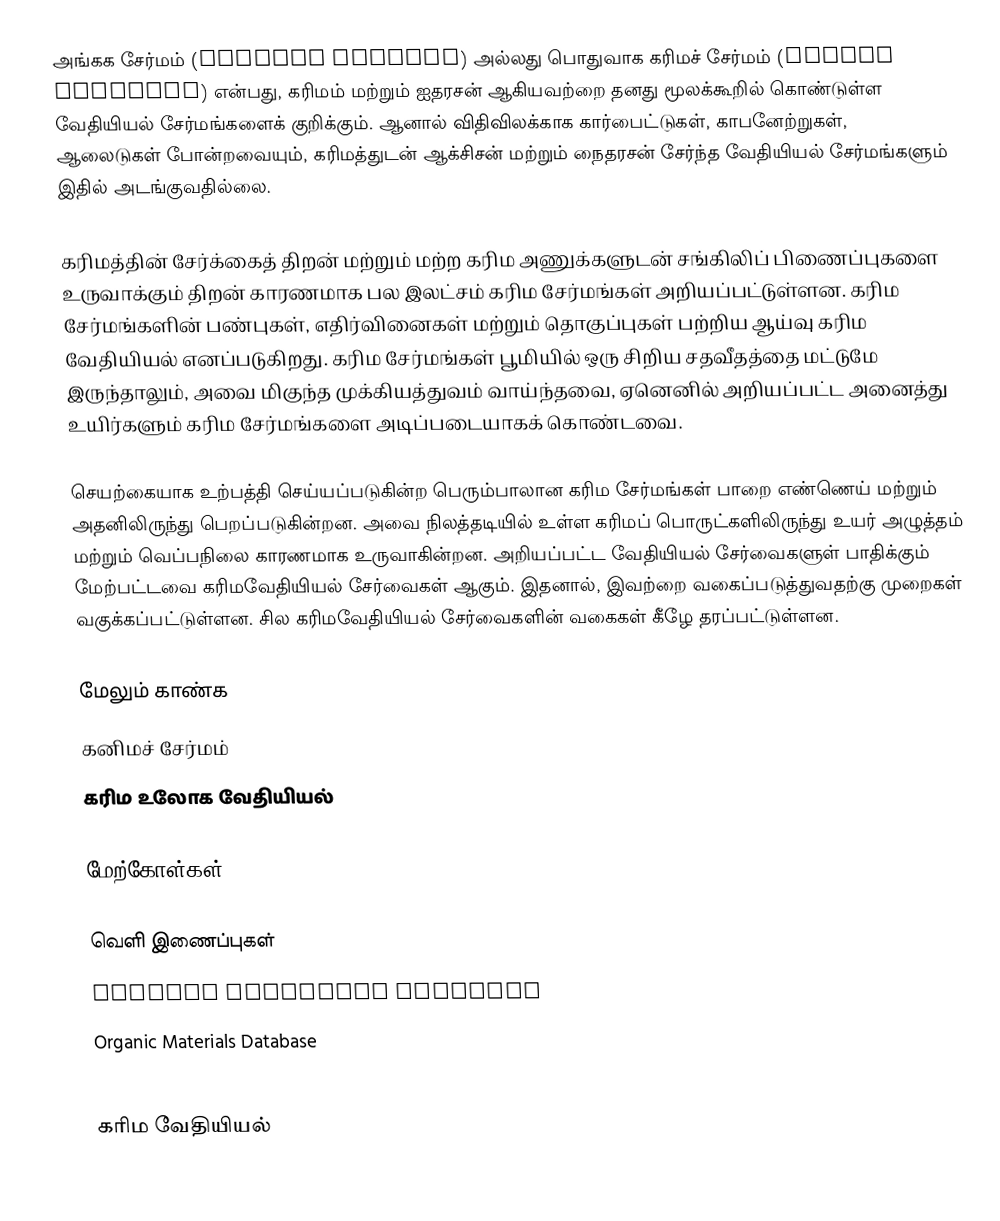
அங்கக சேர்மம் (Organic compund) அல்லது பொதுவாக கரிமச் சேர்மம் (Carbon compound) என்பது, கரிமம் மற்றும் ஐதரசன் ஆகியவற்றை தனது மூலக்கூறில் கொண்டுள்ள வேதியியல் சேர்மங்களைக் குறிக்கும். ஆனால் விதிவிலக்காக கார்பைட்டுகள், காபனேற்றுகள், ஆலைடுகள் போன்றவையும், கரிமத்துடன் ஆக்சிசன் மற்றும் நைதரசன் சேர்ந்த வேதியியல் சேர்மங்களும் இதில் அடங்குவதில்லை.

கரிமத்தின் சேர்க்கைத் திறன் மற்றும் மற்ற கரிம அணுக்களுடன் சங்கிலிப் பிணைப்புகளை உருவாக்கும் திறன் காரணமாக பல இலட்சம் கரிம சேர்மங்கள் அறியப்பட்டுள்ளன. கரிம சேர்மங்களின் பண்புகள், எதிர்வினைகள் மற்றும் தொகுப்புகள் பற்றிய ஆய்வு கரிம வேதியியல் எனப்படுகிறது. கரிம சேர்மங்கள் பூமியில் ஒரு சிறிய சதவீதத்தை மட்டுமே இருந்தாலும், அவை மிகுந்த முக்கியத்துவம் வாய்ந்தவை, ஏனெனில் அறியப்பட்ட அனைத்து உயிர்களும் கரிம சேர்மங்களை அடிப்படையாகக் கொண்டவை.

செயற்கையாக உற்பத்தி செய்யப்படுகின்ற பெரும்பாலான கரிம சேர்மங்கள் பாறை எண்ணெய் மற்றும் அதனிலிருந்து பெறப்படுகின்றன. அவை நிலத்தடியில் உள்ள கரிமப் பொருட்களிலிருந்து  உயர் அழுத்தம் மற்றும் வெப்பநிலை காரணமாக உருவாகின்றன. அறியப்பட்ட வேதியியல் சேர்வைகளுள் பாதிக்கும் மேற்பட்டவை கரிமவேதியியல் சேர்வைகள் ஆகும். இதனால், இவற்றை வகைப்படுத்துவதற்கு முறைகள் வகுக்கப்பட்டுள்ளன. சில கரிமவேதியியல் சேர்வைகளின் வகைகள் கீழே தரப்பட்டுள்ளன.

மேலும் காண்க
 கனிமச் சேர்மம்
 கரிம உலோக வேதியியல்

மேற்கோள்கள்

வெளி இணைப்புகள்
 Organic Compounds Database
 Organic Materials Database

கரிம வேதியியல்